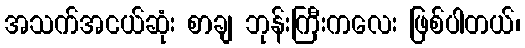
အသက်အငယ်ဆုံး စာချ ဘုန်းကြီးကလေး ဖြစ်ပါတယ်၊